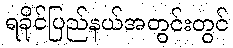
ရခိုင်ပြည်နယ်အတွင်းတွင်